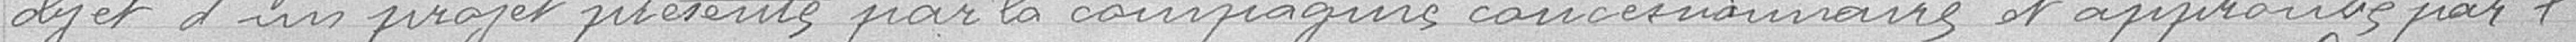
objet d'un projet présenté par la compagnie concessionaire et approuvé par l'